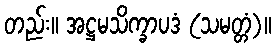
တည်း။ အဋ္ဌမသိက္ခာပဒံ (သမတ္တံ)။